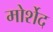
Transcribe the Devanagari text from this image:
मोर्शेद